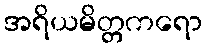
အရိယမိတ္တကရော